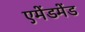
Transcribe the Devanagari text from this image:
एमेंडमेंड